Insane asylums in Bengal annual reports 1867-1875 - 1867-1875
Year: 1867
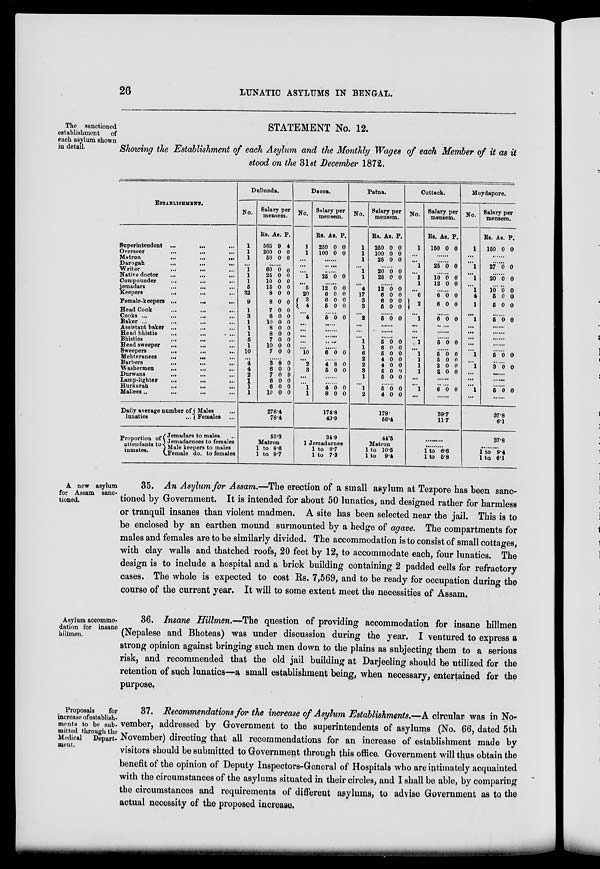
26
LUNATIC ASYLUMS IN BENGAL.
The sanctioned
establishment
of
each asylum shown
in detail.
STATEMENT No. 12.
Showing the Establishment of each Asylum and the Monthly Wages of each Member of it as it
stood on the 31st December 1872.
ESTABLISHMENT.
Superintendent ...
... ...
Overseer
...
...
...
Matron
...
...
...
Darogah
...
...
...
Writer
...
... ...
Native doctor ... ... ...
Compounder ... ... ...
jemadars
...
...
...
Keepers
...
...
...
Female-keepers ...
...
...
Head Cook
...
...
...
Cooks ...
...
...
...
Baker ... ... ... ...
Assistant baker ...
...
...
Head bhistie
...
...
Bhisties
...
...
...
Head sweeper ... ... ...
Sweepers
...
...
...
Mehteranees
...
...
...
Barbers
...
...
...
Washermen ... ... ...
Durwans ... ... ...
Lamp-lighter
...
...
...
Hurkarah
...
...
...
Mallees ... ... ... ...
Dullunda.
No.
1
1
1
...
1
1
1
5
32
9
1
3
1
1
1
5
1
10
...
4
4
2
1
1
1
Salary per
mensem.
RS.
565
200
50
As.
9
0
0
P.
4
0
0
......
60
25
10
15
8
8
7
6
10
8
8
7
10
7
0
0
0
0
0
0
0
0
0
0
0
0
0
0
0
0
0
0
0
0
0
0
0
0
0
0
0
0
......
3
6
7
6
6
10
8
0
0
0
0
0
0
0
0
0
0
0
Dacca.
No.
1
1
...
...
...
1
...
5
20
3
4
4
...
...
...
...
...
10
...
2
3
...
...
1
1
Salary per
mensem.
Rs.
250
100
As.
0
0
P.
0
0
......
......
......
25 0 0
......
12
6
6
5
0
0
0
0
0
0
0
0
......
5 0 0
......
......
......
......
......
6 0 0
......
4
6
8
0
0
0
......
......
4
8
0
0
0
0
Patna.
No.
1
1
1
...
1
1
...
4
17
3
3
...
2
...
...
...
1
1
6
2
2
3
1
...
1
2
Salary per
mensem.
Rs.
250
100
25
As.
0
0
0
P.
0
0
0
......
20
25
0
0
0
0
......
12
6
6
5
0
0
0
0
0
0
0
0
......
5 0 0
......
......
......
5
6
5
4
4
5
5
0
0
0
0
0
0
0
0
0
0
0
0
0
0
......
5
4
0
0
0
0
Cuttack.
No.
1
... ...
1
...
1
1
...
6
2
...
1
...
...
...
1
...
1
1
1
1
...
...
1
...
Salary per
mensem.
Rs.
150
As.
0
P.
0
......
......
25 0 0
......
10
12
0
0
0
0
......
6
6
0
0
0
0
......
6 0 0
......
......
......
5 0 0
......
5
5
2
2
0
0
0
0
0
0
0
0
......
......
6 0 0
......
Moydapore.
No.
1
... ...
1
...
1
...
1
4
1
...
1
...
...
...
...
...
1
...
1
...
...
...
1
...
Salary per
mensem.
Rs.
150
As.
0
P.
0
......
......
27 0 0
......
20 0 0
......
10
5
5
0
0
0
0
0
0
......
5 0 0
......
......
......
......
......
5 0 0
......
3 0 0
......
......
......
5 0 0
......
Daily average number of
lunatics
...
Proportion of
attendants to
inmates.
Males ...
Females ...
Jemadars to males. ..
Jemadarnees to females
Male keepers to males
Female do. to females
276.4
78.4
55.3
Matron
1 to 8.6
1 to 8.7
174.8
43.9
34.9
1 Jemadarnee
1 to 8.7
1 to 7.3
178.
56.4
44.5
Matron
1 to 10.5
1 to 9.4
39.7
11.7
......
......
1 to 6.6
1 to 6.8
37.8
6.1
37.8
......
1 to 9.4
1 to 6.1
A new asylum
for Assam sanc-
tioned.
35. An Asylum for Assam.—The erection of a small asylum at Tezpore has been sanc-
tioned by Government. It is intended for about 50 lunatics, and designed rather for harmless
or tranquil insanes than violent madmen, A site has been selected near the jail. This is to
be enclosed by an earthen mound surmounted by a hedge of agave. The compartments for
males and females are to be similarly divided. The accommodation is to consist of small cottages,
with clay walls and thatched roofs, 20 feet by 12, to accommodate each, four lunatics. The
design is to include a hospital and a brick building containing 2 padded cells for refractory
cases. The whole is expected to cost Rs. 7,569, and to be ready for occupation during the
course of the current year. It will to some extent meet the necessities of Assam.
Asylum accommo-
dation for insane
hillmen.
36. Insane Hillmen.—The question of providing accommodation for insane hillmen
(Nepalese and Bhoteas) was under discussion during the year. I ventured to express a
strong opinion against bringing such men down to the plains as subjecting them to a serious
risk, and recommended that the old jail building at Darjeeling should be utilized for the
retention of such lunatics—a small establishment being, when necessary, entertained for the
purpose.
Proposals
for
increase of establish-
ments to be sub-
mitted through the
Medical
Depart-
ment.
37. Recommendations for the increase of Asylum Establishments.—A circular was in No-
vember, addressed by Government to the superintendents of asylums (No. 66, dated 5th
November) directing that all recommendations for an increase of establishment made by
visitors should be submitted to Government through this office. Government will thus obtain the
benefit of the opinion of Deputy Inspectors-General of Hospitals who are intimately acquainted
with the circumstances of the asylums situated in their circles, and I shall be able, by comparing
the circumstances and requirements of different asylums, to advise Government as to the
actual necessity of the proposed increase.